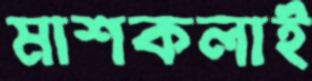
মাশকলাই